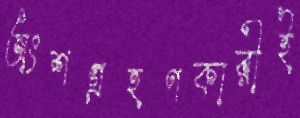
অংশগ্রহণকারীই